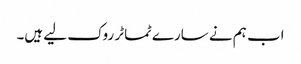
اب ہم نے سارے ٹماٹر روک لیے ہیں۔